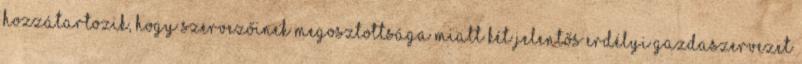
hozzátartozik, hogy szervezőinek megosztottsága miatt két jelentős erdélyi gazdaszervezet